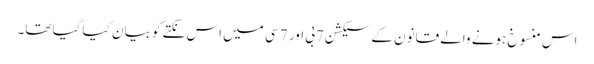
اس منسوخ ہونے والے قانون کے سیکشن 7بی اور 7 سی میں اس نکتے کو بیان کیا گیا تھا۔